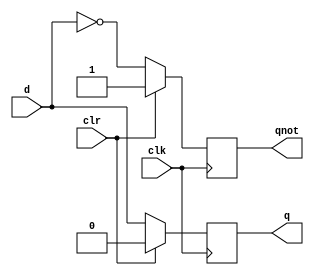
module FlipFlopD (q, qnot, d, clk, clr);
input d, clk, clr;
output q, qnot;
reg q, qnot;
always @(posedge clk)
begin
if(clr)
begin
q <= 0; qnot <= 1;
end
else
begin
q <= d; qnot <= ~d;
end
end
endmodule